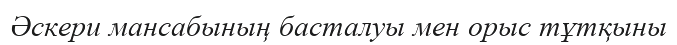
Әскери мансабының басталуы мен орыс тұтқыны